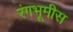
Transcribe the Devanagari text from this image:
रंगभूमीस